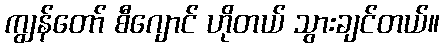
ကျွန်တော် စီဂျောင် ဟိုတယ် သွားချင်တယ်။